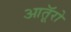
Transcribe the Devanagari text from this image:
आतूॅरो